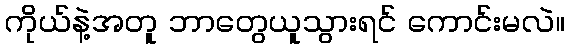
ကိုယ်နဲ့အတူ ဘာတွေယူသွားရင် ကောင်းမလဲ။